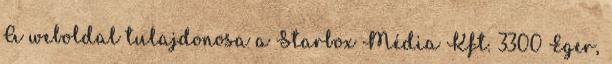
A weboldal tulajdonosa a Starbox Média Kft. 3300 Eger,